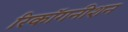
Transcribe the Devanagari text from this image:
रिकॉगनीशन